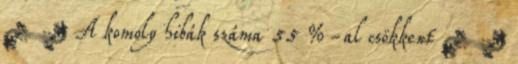
 A komoly hibák száma 55 %-al csökkent 